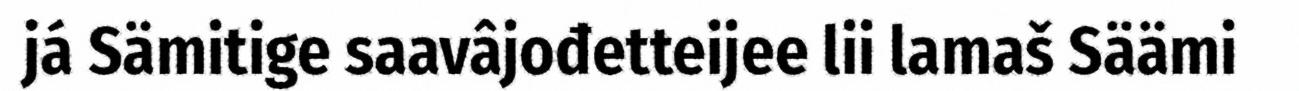
já Sämitige saavâjođetteijee lii lamaš Säämi